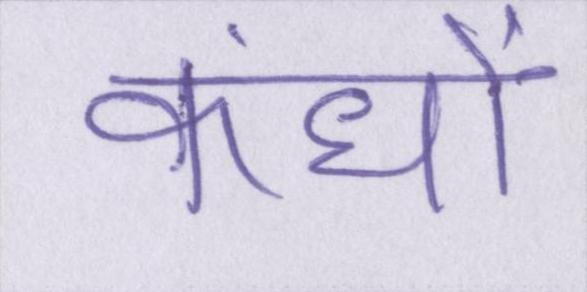
कंधों